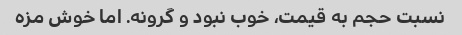
نسبت حجم به قیمت، خوب نبود و گرونه. اما خوش مزه